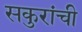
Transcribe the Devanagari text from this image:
सकुरांची